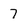
Character: 7